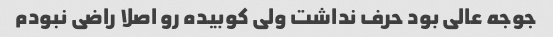
جوجه عالی بود حرف نداشت ولی کوبیده رو اصلا راضی نبودم